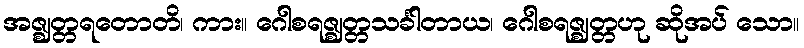
အဇ္ဈတ္တရတောတိ၊ ကား။ ဂေါစရဇ္ဈတ္တသင်္ခါတာယ၊ ဂေါစရဇ္ဈတ္တဟု ဆိုအပ် သော။